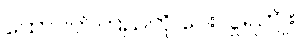
ထောပတ်ကြည်ကို ပေးလှူရကျိုး